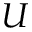
U